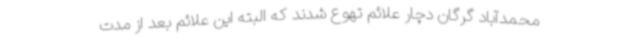
محمدآباد گرگان دچار علائم تهوع شدند که البته این علائم بعد از مدت